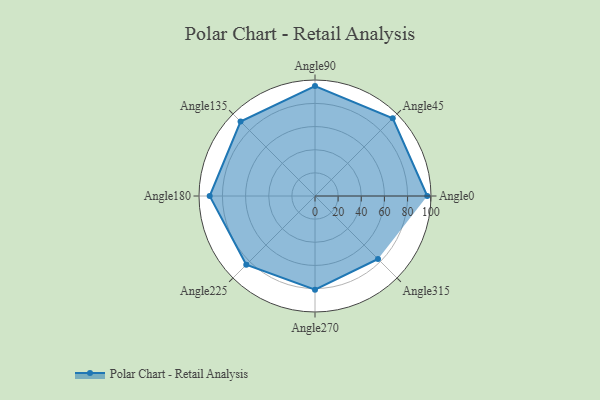
{"axis": {"x": "Angle", "y": "Radius"}, "legend": [""], "data": [{"x": "Angle0", "y": 97.0, "type": ""}, {"x": "Angle45", "y": 95.0, "type": ""}, {"x": "Angle90", "y": 95.0, "type": ""}, {"x": "Angle135", "y": 91.0, "type": ""}, {"x": "Angle180", "y": 91.0, "type": ""}, {"x": "Angle225", "y": 84.0, "type": ""}, {"x": "Angle270", "y": 81.0, "type": ""}, {"x": "Angle315", "y": 77.0, "type": ""}]}